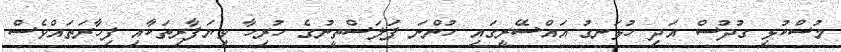
މުސްކުޅި ގުދުސް އަދި ހުޅަނގު އައްސޭރީގައި ހުންނަ ފަލަސްތީނުގެ ހުރިހާ ވިޔަފާރިތަކާއި ފިހާރަތައްވެސް